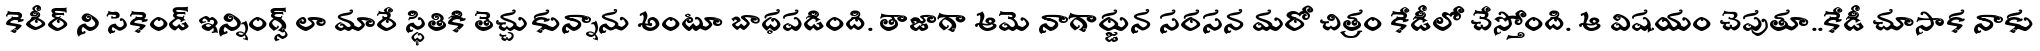
కెరీర్ ని సెకెండ్ ఇన్నింగ్స్ లా మారే స్ధితికి తెచ్చుకున్నాను అంటూ బాధపడింది. తాజాగా ఆమె నాగార్జున సరసన మరో చిత్రం కేడీలో చేస్తోంది. ఆ విషయం చెపుతూ..కేడీ చూసాక నాకు